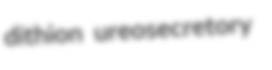
dithion ureosecretory